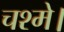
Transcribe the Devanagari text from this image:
चश्मे।